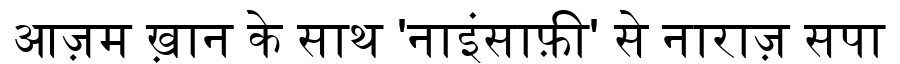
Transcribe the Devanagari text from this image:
आज़म ख़ान के साथ 'नाइंसाफ़ी' से नाराज़ सपा